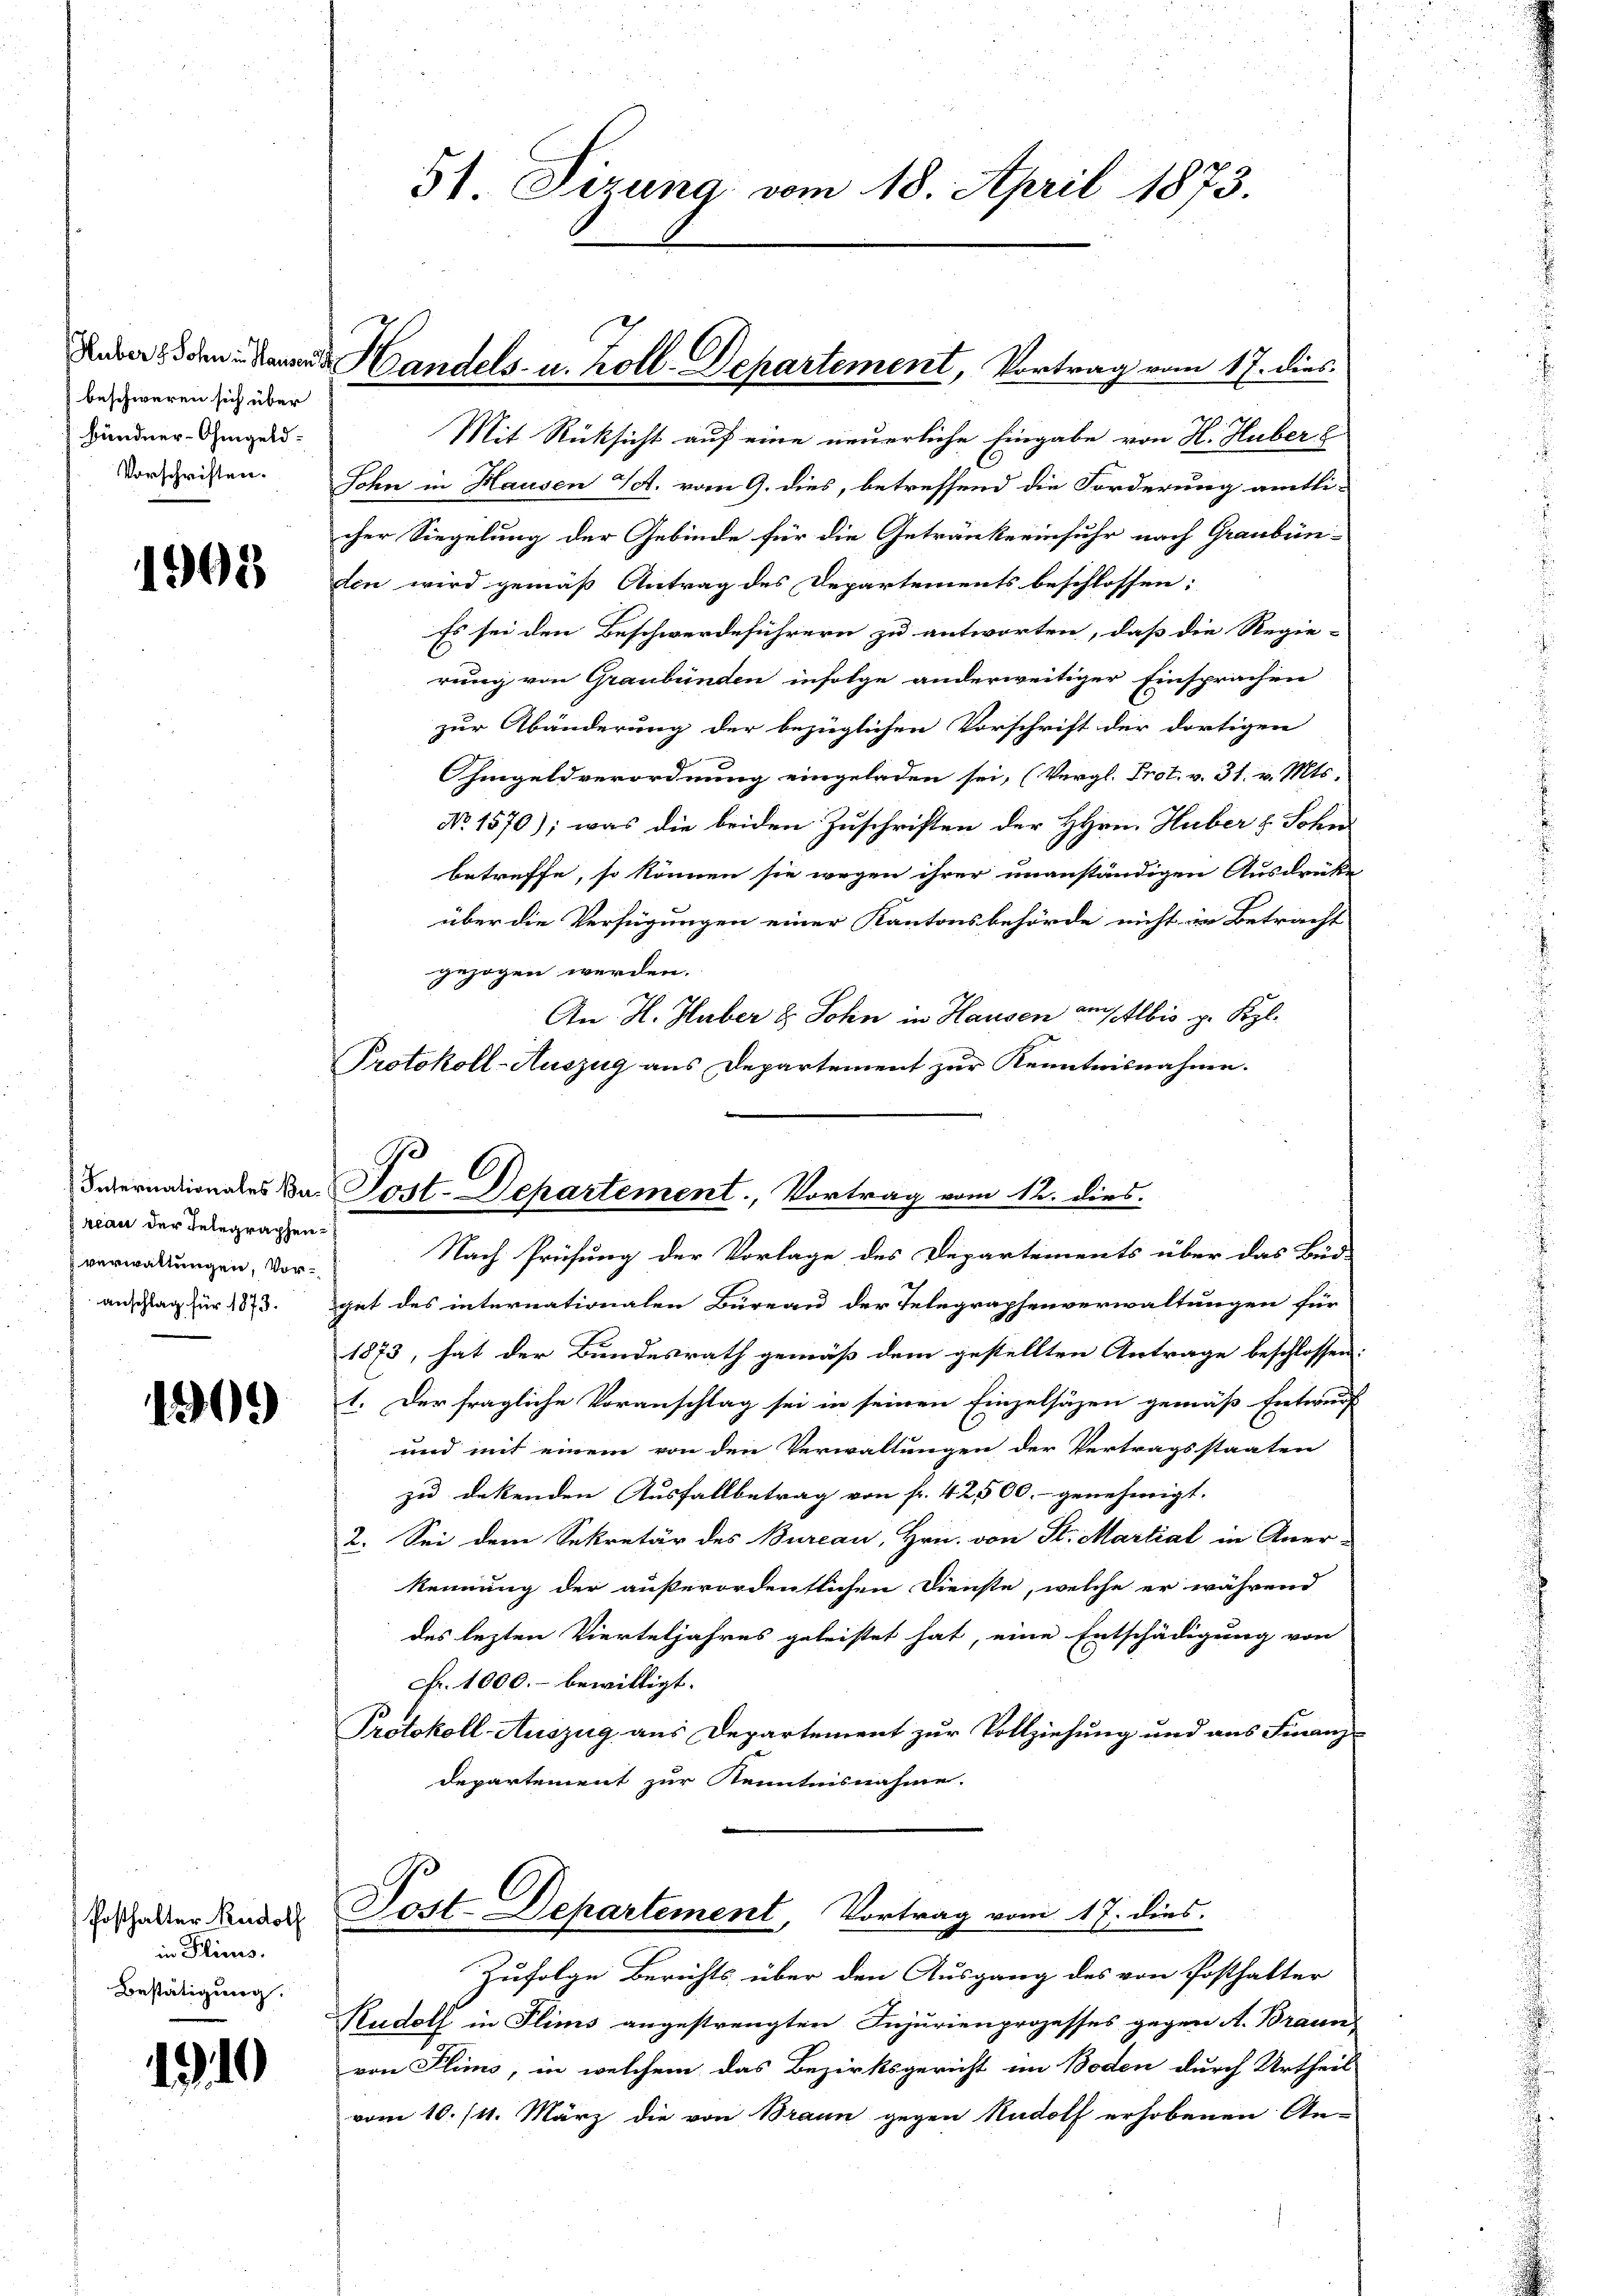
Huber 8. Sohn in Hausen
beschweren sich über
bündner-Ohmgeld¬
Vorschriften.

1903

Internationales Bareau der Telegraphenverwaltungen, Voranschlag für 1873.

1509)

Posthalter Rudolf
in Fliess.
Bestätigung.

1919

5) Sizung vom 18. April 1873.

Mit Rücksicht auf eine neuerliche Eingabe von H. Huber
Sohn in Hausen 4. vom 9. dies, betreffend die Forderung amtli-
cher Siegelung der Gebinde für die Getränke einfuhr nach Graubün-
ten wird gemäß Antrag des Departements beschlossen:
Es sei den Beschwerdeführern zu antworten, daß die Regie-
6
rung von Graubünden infolge anderweitiger Einsprachen
zur Abänderung der bezüglichen Vorschrift der dortigen
hmgeldverordnung eingeladen sei, (Vergl. Prot. v. 31. v. Mts.
No 1570); was die beiden Zuschriften der HHrn. Huber z. Sohn
betreffe, so können sie wegen ihrer unanständigen Ausdrücke
über die Verfügungen einer Kantonsbehörde nicht in Betracht
gezogen werden.
An H. Huber d. Sohn in Hausen an Albis zu Kgl.
Protokoll-Auszug aus Departement zur Kenntnisnahme.
Post. Departement, Vortrag vom 12. dies
Nach Prüfung der Vorlage des Departements über das Bud-
get des internationalen Büreau der Telegraphenverwaltungen für
1873, hat der Bundesrath gemäß dem gestellten Antrage beschlossen:
1. Der fragliche Voranschlag sei in seinen Einzelsäzen gemäß Entwurf
und mit einem von den Verwaltungen der Vertragsstaaten
zu dekenden Ausfallbetrag von fr. 42500.- genehmigt.
2. Sei dem Sekretär des Bureau, Hrn. von St. Martial in Aner-
kennung der außerordentlichen Dienste, welche er während
des lezten Vierteljahres geleistet hat, eine Entschädigung von
Fr. 1000.- bewilligt.
Protokoll-Auszug aus Departement zur Vollziehung und aus Finanz-
departement zur Kenntnisnahme.

Handels- u. Zoll-Departement, Vortrag vom 17. dies

Post-Departement, Vortrag vom 17. dies

Zufolge Berichts über den Ausgang des von Posthalter
Rudolf in Flims angestrengten Injurienprozesses gegen A. Braun,
von Flims, in welchem das Bezirksgericht im Boden durch Urtheil
vom 10./11. März die von Braun gegen Nudolf erhobenen An-